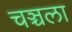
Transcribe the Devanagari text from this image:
चञ्चला